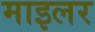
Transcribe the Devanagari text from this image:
माइलर